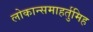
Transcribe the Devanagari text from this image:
लोकान्समाहर्तुमिह